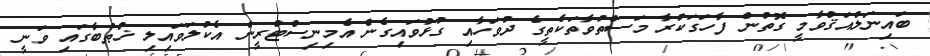
ބައިނަލްއަޤްވާމީ ގޮތުން ފާހަގަކުރާ މަސްތުވާތަކެތީގެ ދުވަހާއި ގުޅުވައިގެން އެމިނިސްޓްރީން އެކުލަވައިލި ޚުޠުބާގައި ވަނީ